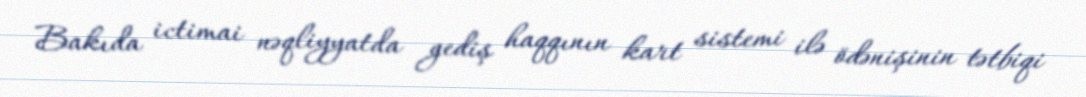
Bakıda ictimai nəqliyyatda gediş haqqının kart sistemi ilə ödənişinin tətbiqi